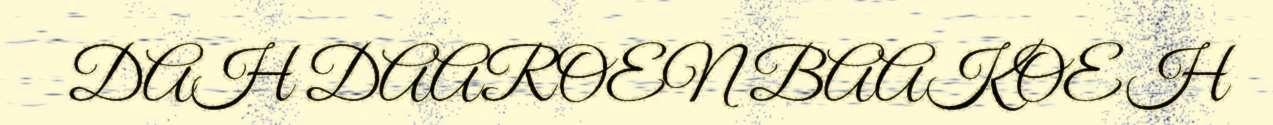
DAH DAAROEN BAAKOEH